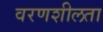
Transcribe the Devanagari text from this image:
वरणशीलता